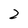
Character: 2